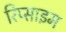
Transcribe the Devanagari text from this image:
रिप्साइम